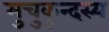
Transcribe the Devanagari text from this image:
मुचुकुन्दस्य